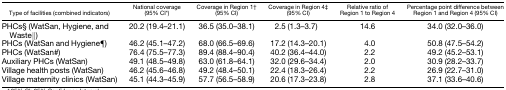
| Type of facilities (combined indicators) | National coverage (95% CI*) | Coverage in Region 1† (95% CI) | Coverage in Region 4‡ (95% CI) | Relative ratio of Region 1 to Region 4 | Percentage point difference between Region 1 and Region 4 (95% CI) |
 | --- | --- | --- | --- | --- | --- |
 | PHCs§ (WatSan, Hygiene, and Waste‖) | 20.2 (19.4–21.1) | 36.5 (35.0–38.1) | 2.5 (1.3–3.7) | 14.6 | 34.0 (32.0–36.0) |
 | PHCs (WatSan and Hygiene¶) | 46.2 (45.1–47.2) | 68.0 (66.5–69.6) | 17.2 (14.3–20.1) | 4.0 | 50.8 (47.5–54.2) |
 | PHCs (WatSan#) | 76.4 (75.5–77.3) | 89.4 (88.4–90.4) | 40.2 (36.4–44.0) | 2.2 | 49.2 (45.2–53.1) |
 | Auxiliary PHCs (WatSan) | 49.1 (48.5–49.8) | 63.0 (61.8–64.1) | 32.0 (29.6–34.4) | 2.0 | 30.9 (28.2–33.7) |
 | Village health posts (WatSan) | 46.2 (45.6–46.8) | 49.2 (48.4–50.1) | 22.4 (18.3–26.4) | 2.2 | 26.9 (22.7–31.0) |
 | Village maternity clinics (WatSan) | 45.1 (44.3–45.9) | 57.7 (56.5–58.9) | 20.6 (17.3–23.8) | 2.8 | 37.1 (33.6–40.6) |